Vaccination in Bombay 1902-1912 - 1902-1912
Year: 1902
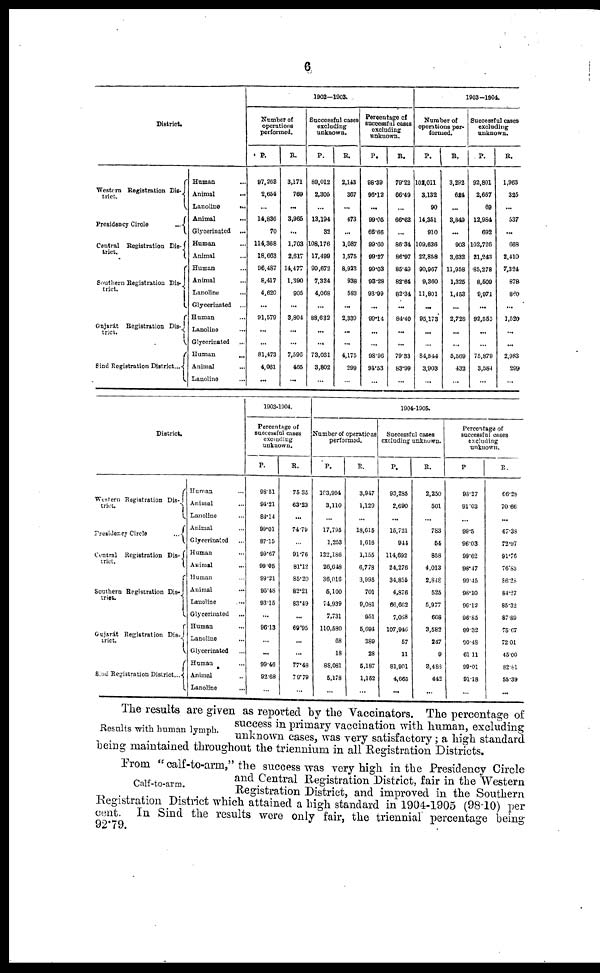
6
District.
Western Registration Dis¬
trict.
Presidency Circle
...
Central Registration Dis¬
trict.
Southern Registration Dis¬
trict.
Gujarát Registration Dis¬
trict.
Sind Registration District...
Human ...
Animal ...
Lanoline ...
Animal ...
Glycerinated
...
Human ...
Animal ...
Human ...
Animal ...
Lanoline ...
Glycerinated ...
Human ...
Lanoline ...
Glycerinated
Human
...
Animal ...
Lanoline
1902—1903.
Number of
operations
performed.
P.
97,263
2,654
...
14,836
70
114,368
18,083
96,487
8,417
4,620
...
91,579
...
...
81,473
4,061
...
R.
3,171
769
...
3,965
...
1,703
2,617
14,477
1,390
905
...
3,804
...
...
7,596
465
...
Successful cases
excluding
unknown.
P.
89,012
2,305
...
13,194
32
108,176
17,499
90,672
7,324
4,068
...
88,632
...
...
73,031
3,802
...
R.
2,143
367
...
473
...
1,087
1,575
8,923
938
583
...
2,330
...
...
4,175
299
...
Percentage of
successful cases
excluding
unknown.
P.
98.39
96.12
...
99.05
66.66
99.60
99.27
99.03
93.28
93.99
...
99.14
...
...
98.96
94.53
...
R.
79.22
66.49
...
66.62
...
86.34
86.97
85.49
82.64
82.34
...
84.40
...
...
79.33
83.99
...
1903—1904.
Number of
operations per-
formed.
P.
102,011
3,132
90
14,351
910
109,636
22,858
90,967
9,360
11,801
...
95,173
...
...
84,544
3,903
...
R.
3,292
624
...
3,849
...
903
3,632
11,958
1,325
1,453
...
2,728
...
...
5,569
432
...
Successful cases
excluding
unknown.
P.
92,801
2,667
69
12,984
692
102,726
21,243
85,278
8,509
9,971
...
92,555
...
...
75,879
3,584
...
R.
1,963
325
...
537
...
668
2,410
7,324
878
860
...
1,520
...
...
2,983
299
...
District.
Western Registration Dis¬
trict.
Presidency Circle
...
Central Registration Dis¬
trict.
Southern Registration Dis¬
tries.
Gujarát Registration Dis¬
trict.
Sind Registration District...
Human ...
Animal ...
Lanoline ...
Animal
Glycerinated
Human ...
Animal ...
Human ...
Animal ...
Lanoline ...
Glycerinated ...
Human ...
Lanoline ...
Glycerinated ...
Human...
Animal ...
Lanoline ...
1903-1904.
Percentage of
successful cases
excluding
unknown.
P.
98.51
94.21
84.14
99.01
87.15
99.67
99.05
99.21
95.48
93.15
...
96.13
...
...
99.46
92.68
...
R.
75.35
63.23
...
74.79
...
91.76
81.12
85.20
82.21
83.49
...
69.95
...
...
77.48
79.79
...
1904-1905.
Number of operations
performed.
P.
103,994
3,110
...
17,795
1,253
122,186
26,648
36,016
5,100
74,939
7,731
110,580
68
18
88,081
5,178
...
R.
3,917
1,129
...
18,615
1,616
1,155
6,778
3,995
701
9,081
951
5,694
389
28
5,187
1,152
...
Successful cases
excluding unknown.
P.
93,285
2,690
...
15,721
944
114,692
24,276
34,855
4,876
66,662
7,088
107,946
57
11
81,901
4,665
...
R.
2,250
501
...
783
54
858
4,013
2,848
525
5,977
668
3,582
247
9
3,488
442
...
Percentage of
successful cases
excluding
unknown.
P.
98.27
91.03
...
99.5
96.03
99.62
98.47
99.45
98.10
96.12
96.85
99.32
90.48
61.11
99.01
91.18
...
R.
66.28
70.66
...
67.38
72.97
91.76
76.83
86.28
84.27
85.32
87.89
75.67
72.01
45.00
82.81
55.39
...
Results with human lymph.
The results are given as reported by the Vaccinators. The percentage of
success in primary vaccination with human, excluding
unknown cases, was very satisfactory; a high standard
being maintained throughout the triennium in all Registration Districts.
Calf-to-arm.
From "calf-to-arm," the success was very high in the Presidency Circle
and Central Registration District, fair in the Western
Registration District, and improved in the Southern
Registration District which attained a high standard in 1904-1905 (98.10) per
cent. In Sind the results were only fair, the triennial percentage being
92.79.